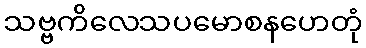
သဗ္ဗကိလေသပမောစနဟေတုံ